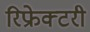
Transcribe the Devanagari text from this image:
रिफ्रेक्टरी